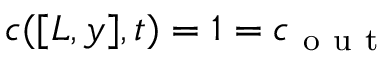
c ( [ L , y ] , t ) = 1 = c _ { \mathrm { ~ o ~ u ~ t ~ } }